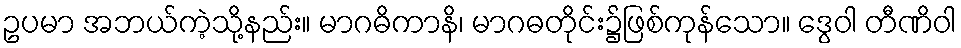
ဥပမာ အဘယ်ကဲ့သို့နည်း။ မာဂဓိကာနိ၊ မာဂဓတိုင်း၌ဖြစ်ကုန်သော။ ဒွေဝါ တီဏိဝါ